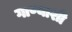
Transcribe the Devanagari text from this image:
गाण्याशी